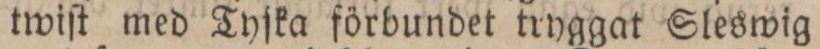
twiſt med Tyſka förbundet tryggat Sleswig